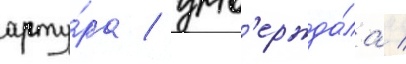
арту́ра / утв'ержда́ла /